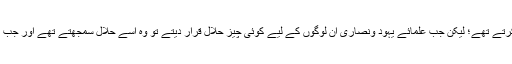
نبی کریم صلی اللہ علیہ وسلم نے ان سے فرمایا: ”ہاں وہ لوگ بھی اپنے علماء کی عبادت نہیں کرتے تھے؛ لیکن جب علمائے یہود ونصاریٰ ان لوگوں کے لیے کوئی چیز حلال قرار دیتے تو وہ اسے حلال سمجھتے تھے اور جب ان پر کسی چیز کو حرام کردیتے تو وہ اسے حرام سمجھتے تھے، یہی ان کی عبادت کرنا ہے“۔